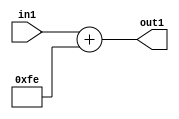
`timescale 1ps / 1ps
/*****************************************************************************
    Verilog RTL Description
    
    
    Created by: Stratus DpOpt 2019.1.01 
*******************************************************************************/

module DC_Filter_Add_12U_78_1 (
	in1,
	out1
	); /* architecture "behavioural" */ 
input [11:0] in1;
output [11:0] out1;
wire [11:0] asc001;

assign asc001 = 
	+(in1)
	+(12'B000011111110);

assign out1 = asc001;
endmodule

/* CADENCE  urnySQ0= : u9/ySgnWtBlWxVPRXgAZ4Og= ** DO NOT EDIT THIS LINE ******/